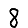
Digit: 8